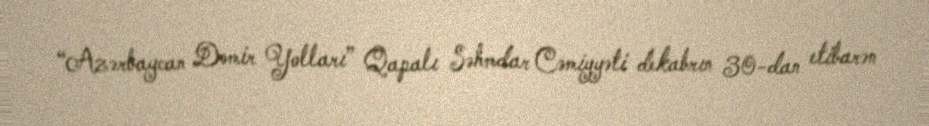
“Azərbaycan Dəmir Yolları” Qapalı Səhmdar Cəmiyyəti dekabrın 30-dan etibarən